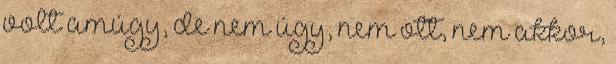
volt amúgy, de nem úgy, nem ott, nem akkor,